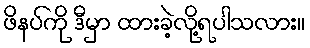
ဖိနပ်ကို ဒီမှာ ထားခဲ့လို့ရပါသလား။